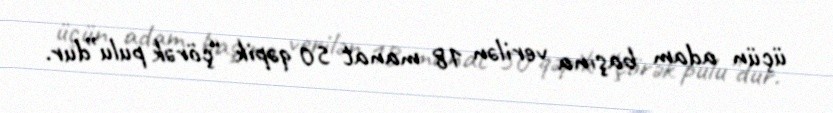
üçün adam başına verilən 18 manat 50 qəpik “çörək pulu”dur.